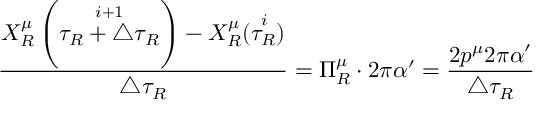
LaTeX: \frac { X _ { R } ^ { \mu } \left( \stackrel { i + 1 } { \tau _ { R } + \triangle \tau _ { R } } \right) - X _ { R } ^ { \mu } ( \stackrel { i } { \tau _ { R } } ) } { \triangle \tau _ { R } } = \Pi _ { R } ^ { \mu } \cdot 2 \pi \alpha ^ { \prime } = \frac { 2 p ^ { \mu } 2 \pi \alpha ^ { \prime } } { \triangle \tau _ { R } }